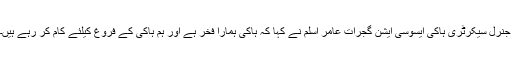
جنرل سیکرٹری ہاکی ایسوسی ایشن گجرات عامر اسلم نے کہا کہ ہاکی ہمارا فخر ہے اور ہم ہاکی کے فروغ کیلئے کام کر رہے ہیں۔